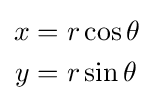
{\begin{aligned}x&=r\cos \theta \\y&=r\sin \theta \end{aligned}}